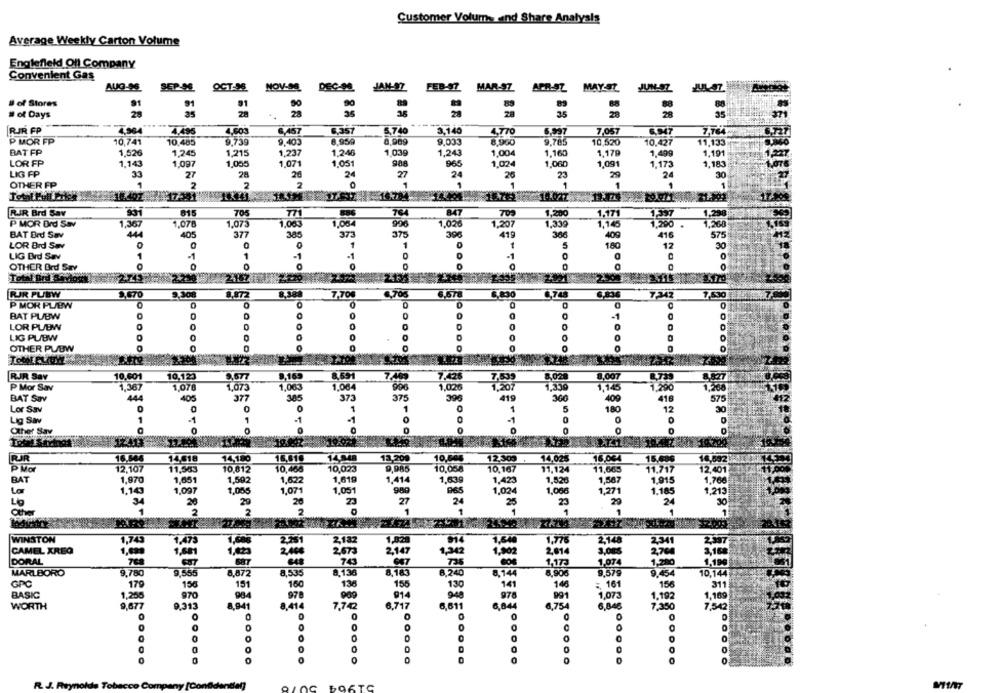
Customer Volume and Share Analysis
Average Weekly Carton Volume
Englefield Ofl Company
Convenient Gas
AUG-S6
SEP-OG
OCT-96
NOV-OS
DEC-OG
JAN-97
FEB-97
MAR-SZ
APR-SZ.
MAY-S7
# of Stores
91
91
50
83
89
88
91
# of Days
28
28
2s
35
28
28
---
RIR FP
4.495
4,503
6,457
6.357
5.740
3,140
4.TTO
6.997
7.057
6.947
7,764
P MOR FP
10,741
10,485
6,739
9.403
8.959
8,90€
9.00
8,900
9.765
10,520
10.427
11,133
BAT FP
1,526
1,245
1.215
1,237
1,246
1,03g
1,243
1,004
1.160
1,179
1,499
1,191
LOR FP
1,143
1.097
1,005
1,071
1.051
988
965
1.02
1.060
1,09
1.173
1,183
26
LIG FP
33
27
28
24
27
24
26
23
29
24
30
OTHER FP
1
2
2
1
1
1
1
1
174:1
RJR Brd Sav
815
705
771
76
847
1.200
1.171
1,397
1,200
1.02€
1.330
P MOR Ord Sav
1,367
1,078
1,073
1.063
1,064
1,207
1,145
1,200
.
BAT Brd Sav
44
405
377
38
373
375
396
419
366
409
416
57
LOR Brd Sav
0
1
0
1
5
180
12
LIG Brd Sav
1
-1
1
-1
-1
OTHER Ord Say
Total Brd Savio
PUR PUBW
3,670
9.308
8.872
7,70€
8.8:30
6,748
7.342
7,530
P MOR PLEW
0
0
C
BAT PUBW
-1
0
0
LOR PL/BW
LIG PLIBW
0
0
OTHER PUBW
.....
RJR Sav
10.601
10,123
9.169
8.591
7.40
7.425
7.539
8,020
8.007
B.739
P Mor Sav
1.367
1,070
1,073
1.063
1.064
996
1,026
1,207
1,330
1.145
1.290
1,266
BAT Sav
444
400
377
385
373
375
396
419
300
409
418
57
0
0
5
180
12
30
Lor Sav
Lig Sav
1
-1
1
-1
0
Other Sav
PJR
16.564
14,518
14,180
16,610
14.048
13.209
14,025
16,004
10,505
12.309 +
16,002
12.107
11,503
10,812
10,468
10,023
9,985
10,058
10,167
11,124
11,665
12,401
1.619
1.414
1,639
1,587
BAT
1,970
1,651
1,502
1,622
1.423
1,520
1.915
1,766
Lo
1.143
1,097
1.085
1,071
1,051
1,024
1,066
1,27
1.185
1.215
20
29
26
23
27
24
25
29
24
30
Othe
2
2
1
1
1
1
WINSTON
1,74
1,47
2,182
1,02%
1,640
1,776
2,148
2.25
2341
CAMEL XREQ
1,681
200
2675
2,147
2014
2,700
3,100
DORAL
743
1,173
1,074
1,500
MARLBORO
9.780
9.555
8,872
8,53
8.1.36
8,183
0,744
8,906
10,144
GPC
179
156
191
160
136
150
130
141
148
= 161
156
311
BASIC
1,256
970
984
978
978
1,073
914
1,192
1,160
WORTH
9.677
9.313
8,941
8,414
7,742
717
6,611
4,754
6,848
7,350
7,542
0
0
0
0
0
0
0
0
0
O
ODOO
.....
0
J. Reynolds Tobacco
TC